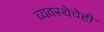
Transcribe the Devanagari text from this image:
व्यवस्थेचेही